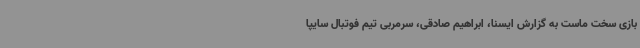
بازی سخت ماست به گزارش ایسنا، ابراهیم صادقی، سرمربی تیم فوتبال سایپا